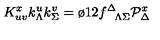
K _ { u v } ^ { x } k _ { \Lambda } ^ { u } k _ { \Sigma } ^ { v } = { \o { 1 } { 2 } } f _ { \phantom { \Delta } \Lambda \Sigma } ^ { \Delta } { \cal P } _ { \Delta } ^ { x }